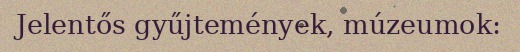
Jelentős gyűjtemények, múzeumok: